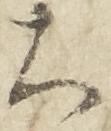
大